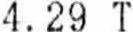
4.29 T